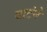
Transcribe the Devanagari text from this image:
बाटंने